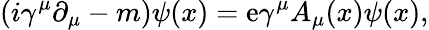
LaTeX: \left(i\gamma^{\mu}\partial_{\mu}-m\right)\psi(x)=\mathrm{e}\gamma^{\mu}A_{\mu}(x)\psi(x),